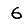
Digit: 6